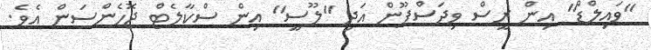
"ވައިލްޑް" އިން ރީސް ވިދަސްޕޫން އަދި "ލޫސީ" އިން ސްކާލެޓް ޖޮހެންސަން އެވެ.